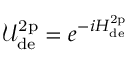
\mathcal { U } _ { \mathrm { d e } } ^ { \mathrm { 2 p } } = e ^ { - i H _ { \mathrm { d e } } ^ { \mathrm { 2 p } } }